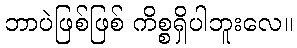
ဘာပဲဖြစ်ဖြစ် ကိစ္စရှိပါဘူးလေ။